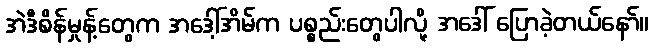
အဲဒီစိန်မှုန့်တွေက အဒေါ့်အိမ်က ပစ္စည်းတွေပါလို့ အဒေါ် ပြောခဲ့တယ်နော်။